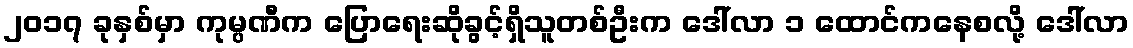
၂၀၁၇ ခုနှစ်မှာ ကုမ္ပဏီက ပြောရေးဆိုခွင့်ရှိသူတစ်ဦးက ဒေါ်လာ ၁ ထောင်ကနေစလို့ ဒေါ်လာ